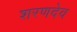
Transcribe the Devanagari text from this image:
शरणदेव